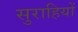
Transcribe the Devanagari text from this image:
सुराहियों